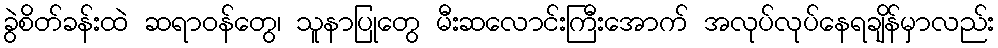
ခွဲစိတ်ခန်းထဲ ဆရာဝန်တွေ၊ သူနာပြုတွေ မီးဆလောင်းကြီးအောက် အလုပ်လုပ်နေရချိန်မှာလည်း